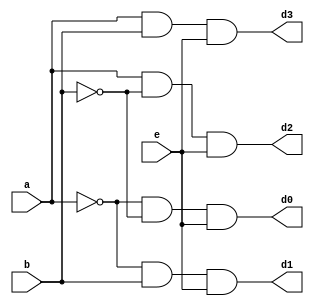

module decoder(a,b,e,d0,d1,d2,d3);
input a,b,e;
output d0,d1,d2,d3;
assign d0=(~a&~b&e);
assign d1=(~a&b&e);
assign d2=(a&~b&e);
assign d3=(a&b&e);
endmodule